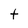
Character: t